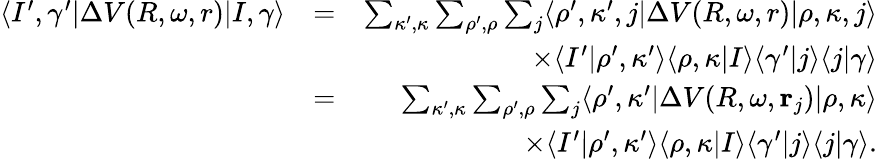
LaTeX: \begin{array}{rlr}{\langle I^{\prime},\gamma^{\prime}|\Delta V(R,\omega,r)|I,\gamma\rangle}&{=}&{\sum_{\kappa^{\prime},\kappa}\sum_{\rho^{\prime},\rho}\sum_{j}\langle\rho^{\prime},\kappa^{\prime},j|\Delta V(R,\omega,r)|\rho,\kappa,j\rangle}\\ &{}&{\times\langle I^{\prime}|\rho^{\prime},\kappa^{\prime}\rangle\langle\rho,\kappa|I\rangle\langle\gamma^{\prime}|j\rangle\langle j|\gamma\rangle}\\ &{=}&{\sum_{\kappa^{\prime},\kappa}\sum_{\rho^{\prime},\rho}\sum_{j}\langle\rho^{\prime},\kappa^{\prime}|\Delta V(R,\omega,{\mathbf r}_{j})|\rho,\kappa\rangle}\\ &{}&{\times\langle I^{\prime}|\rho^{\prime},\kappa^{\prime}\rangle\langle\rho,\kappa|I\rangle\langle\gamma^{\prime}|j\rangle\langle j|\gamma\rangle.}\end{array}